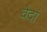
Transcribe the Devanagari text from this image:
वेदां